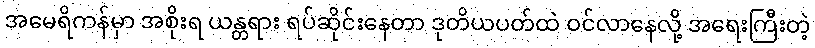
အမေရိကန်မှာ အစိုးရ ယန္တရား ရပ်ဆိုင်းနေတာ ဒုတိယပတ်ထဲ ဝင်လာနေလို့ အရေးကြီးတဲ့